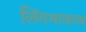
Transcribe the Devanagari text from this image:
लिंगभावाच्य